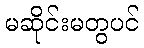
မဆိုင်းမတွပင်